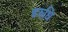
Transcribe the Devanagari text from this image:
इरुधि